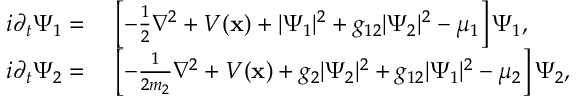
\begin{array} { r l } { i \partial _ { t } \Psi _ { 1 } = } & { \ \left[ - \frac { 1 } { 2 } \nabla ^ { 2 } + V ( \mathbf { x } ) + | \Psi _ { 1 } | ^ { 2 } + g _ { 1 2 } | \Psi _ { 2 } | ^ { 2 } - \mu _ { 1 } \right] \Psi _ { 1 } , } \\ { i \partial _ { t } \Psi _ { 2 } = } & { \ \left[ - \frac { 1 } { 2 m _ { 2 } } \nabla ^ { 2 } + V ( \mathbf { x } ) + g _ { 2 } | \Psi _ { 2 } | ^ { 2 } + g _ { 1 2 } | \Psi _ { 1 } | ^ { 2 } - \mu _ { 2 } \right] \Psi _ { 2 } , } \end{array}